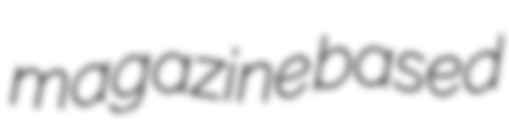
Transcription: magazine based